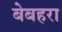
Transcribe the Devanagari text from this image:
बेबहरा